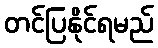
တင်ပြနိုင်ရမည်